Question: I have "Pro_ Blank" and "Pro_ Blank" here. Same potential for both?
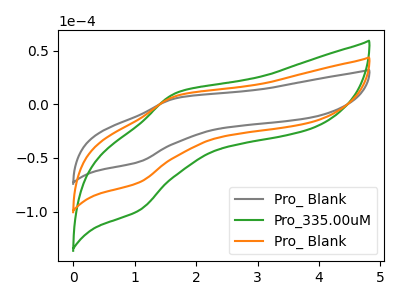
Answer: <think>The gray curve "Pro_ Blank" has an anodic peak at (1.70V, 5.85uA) and a cathodic peak at (1.05V, -53.75uA). The green curve "Pro_335.00uM" has an anodic peak at (1.70V, 15.85uA) and a cathodic peak at (1.05V, -145.90uA). The orange curve "Pro_ Blank" has an anodic peak at (1.70V, 7.95uA) and a cathodic peak at (1.05V, -72.95uA).
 All the peaks in "Pro_ Blank" have a peak in "Pro_ Blank" at the same potential. Every peak in "Pro_ Blank" is lower than every peak in "Pro_ Blank".</think>
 <answer>"Pro_ Blank" and "Pro_ Blank" are similar in shape.</answer>
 <eval>same_shape</eval>